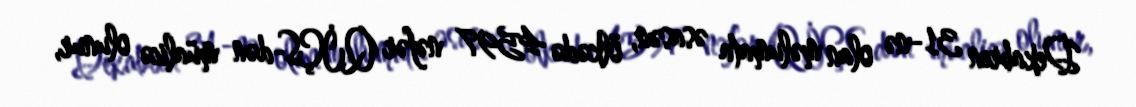
Dekabrın 31-nə olan məlumata əsasən, ölkədə 4597 nəfər QİÇS-dən müalicə olunur,